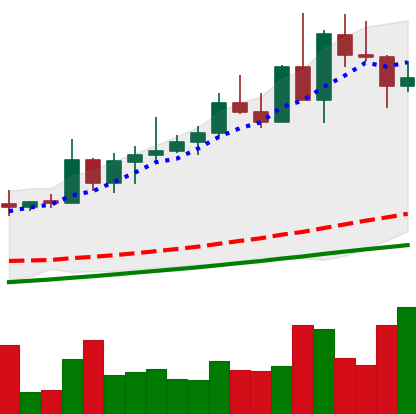
Ticker: NEO-USD
Chart end date: 2020-08-26
Forward return: 17.811%
Label: up_7plus